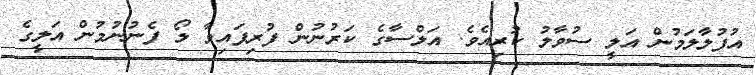
އުފުލާލަމުން އަލީ ސުވާލު ކުރިއެވެ. އަލްސާގެ ކަރުނުން ފުރިފައިވާ ލޯ ފެނުނުމުން އަލީގެ